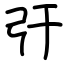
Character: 弙